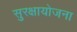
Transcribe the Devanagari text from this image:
सुरक्षायोजना